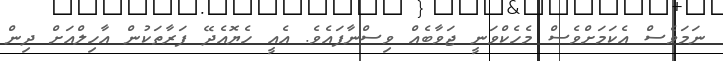
ނަމަވެސް އެކަމަށްވެސް މެހެކްވަނީ ޖަވާބެއް ވިސްނާފައެވެ. އެއީ ހެޔޮއެދޭ ފަރާތަކުން އާހިލްއަށް ދިން